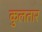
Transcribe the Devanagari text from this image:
कुलतार